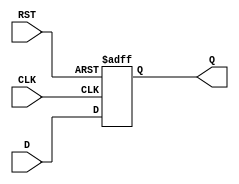
module FlipFlopRegister (
    input wire [7:0] D,      // 8-bit Data Input
    input wire CLK,          // Clock Input
    input wire RST,          // Asynchronous Reset
    output reg [7:0] Q       // 8-bit Data Output
);

    // Always block triggered on the rising edge of the clock or when reset is asserted
    always @(posedge CLK or posedge RST) begin
        if (RST) begin
            Q <= 8'b0;        // Reset the register to 0
        end else begin
            Q <= D;           // Capture the input data on the clock edge
        end
    end

endmodule